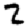
Digit: 2